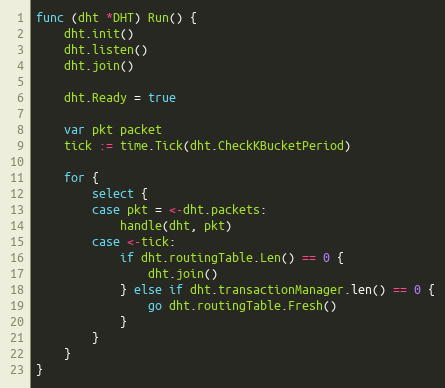
Language: Go
func (dht *DHT) Run() {
	dht.init()
	dht.listen()
	dht.join()

	dht.Ready = true

	var pkt packet
	tick := time.Tick(dht.CheckKBucketPeriod)

	for {
		select {
		case pkt = <-dht.packets:
			handle(dht, pkt)
		case <-tick:
			if dht.routingTable.Len() == 0 {
				dht.join()
			} else if dht.transactionManager.len() == 0 {
				go dht.routingTable.Fresh()
			}
		}
	}
}